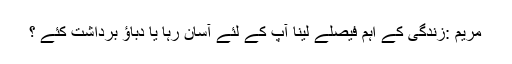
مریم :زندگی کے اہم فیصلے لینا آپ کے لئے آسان رہا یا دباﺅ برداشت کئے ؟